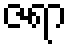
ဇရာ